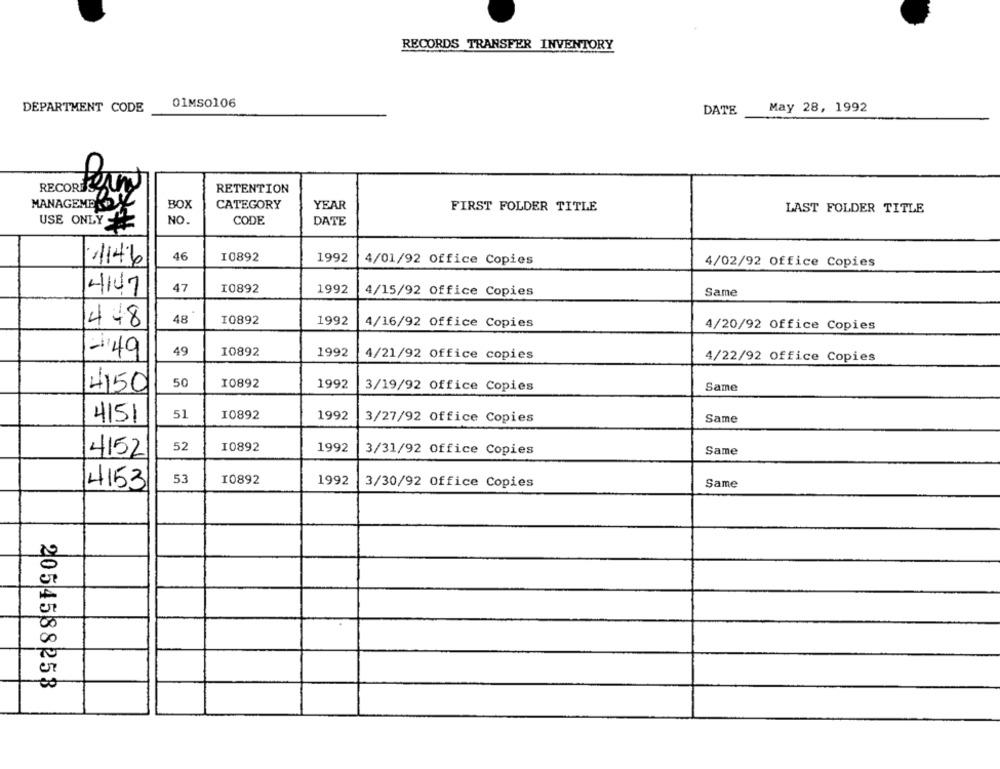
RECORDS TRANSFER INVENTORY
DEPARTMENT CODE
01MSO106
May 28, 1992
DATE
RETENTION
MANAGEMENDAL
BOX
CATEGORY
YEAR
FIRST FOLDER TITLE
LAST FOLDER TITLE
USE ONLY -
NO.
CODE
DATE
46
I0892
1992
4/01/92 Office Copies
114%
4/02/92 Office Copies
4147
47
I0892
1992
4/15/92 Office Copies
Same
448
48
I0892
1992
4/16/92 Office Copies
4/20/92 Office Copies
140
49
I0892
1992
4/21/92 Office copies
4/22/92 Office Copies
50
I0892
1992
4150
3/19/92 Office Copies
Same
51
I0892
1992
4151
3/27/92 Office Copies
Same
52
I0892
4152
1992
3/31/92 Office Copies
Same
14153
53
I0892
1992
3/30/92 Office Copies
Same
2054588253